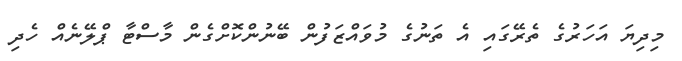
މިދިޔަ އަހަރުގެ ތެރޭގައި އެ ތަނުގެ މުވައްޒަފުން ބޭނުންކޮށްގެން މާސްޓާ ޕްލޭނެއް ހެދި